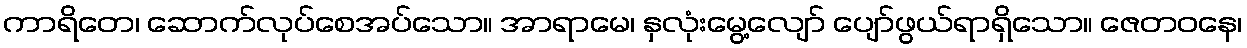
ကာရိတေ၊ ဆောက်လုပ်စေအပ်သော။ အာရာမေ၊ နှလုံးမွေ့လျော် ပျော်ဖွယ်ရာရှိသော။ ဇေတဝနေ၊